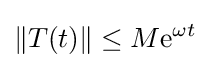
\|T(t)\|\leq M{\rm {e}}^{\omega t}